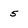
Character: 5